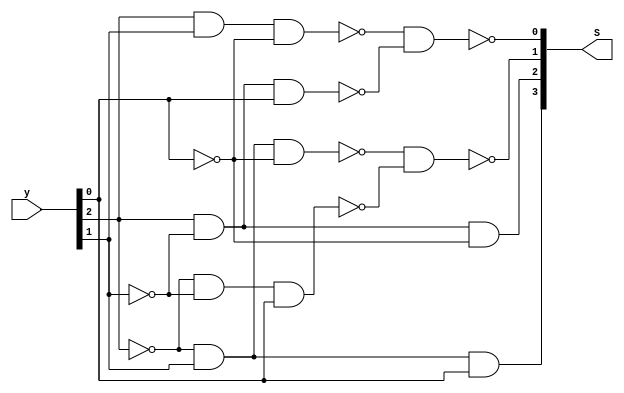
`timescale 1ns / 1ps

module booth_choice(
    input   [ 2: 0]     y,  // y[2]=y_i+1, y[1]=y_i, y[0]=y_i-1
    output  [ 3: 0]     S   // S[0]=S_-x, S[1]=S_x, S[2]=S_-2x, S[3]=S_2x
);
    assign S[0] = ~(~(y[2] & y[1] & ~y[0]) & ~(y[2] & ~ y[1] & y[0]));
    assign S[1] = ~(~(~y[2] & y[1] & ~y[0]) & ~(~y[2] & ~ y[1] & y[0]));
    assign S[2] = ~(~(y[2] & ~y[1] & ~y[0]));
    assign S[3] = ~(~(~y[2] & y[1] & y[0]));
endmodule